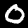
Label: 0